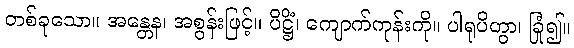
တစ်ခုသော။ အန္တေန၊ အစွန်းဖြင့်။ ပိဋ္ဌိံ၊ ကျောက်ကုန်းကို။ ပါရုပိတွာ၊ ခြုံ၍။